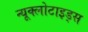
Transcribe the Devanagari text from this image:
न्यूक्लोटाइड्स